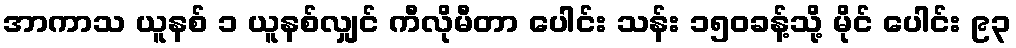
အာကာသ ယူနစ် ၁ ယူနစ်လျှင် ကီလိုမီတာ ပေါင်း သန်း ၁၅၀ခန့်သို့ မိုင် ပေါင်း ၉၃